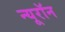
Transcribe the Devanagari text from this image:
न्‍यूरॉन